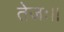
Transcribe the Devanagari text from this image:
तेजः।।